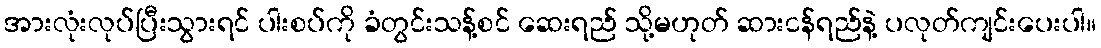
အားလုံးလုပ်ပြီးသွားရင် ပါးစပ်ကို ခံတွင်းသန့်စင် ဆေးရည် သို့မဟုတ် ဆားငန်ရည်နဲ့ ပလုတ်ကျင်းပေးပါ။